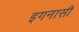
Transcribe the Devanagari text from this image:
इगनासी